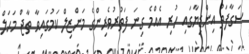
ސަގާފަތު އިންޑިޔާގައި ހުރި އެއްމެ ގިނަ ފަތުރުވެރިންގެ މަންޒިލް ކަމުގައިވާ ތާޖް މަޙަލް